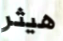
هيثر